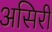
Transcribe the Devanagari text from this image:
असिरी